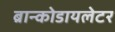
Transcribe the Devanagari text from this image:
ब्रान्कोडायलेटर